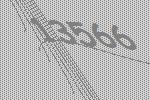
13566